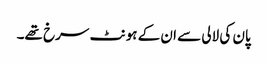
پان کی لالی سے ان کے ہونٹ سرخ تھے۔